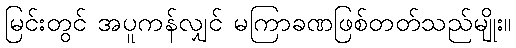
မြင်းတွင် အပူကန်လျှင် မကြာခဏဖြစ်တတ်သည်မျိုး။